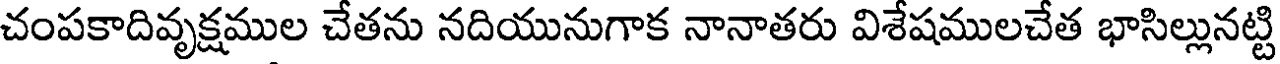
చంపకాదివృక్షముల చేతను నదియునుగాక నానాతరు విశేషములచేత భాసిల్లునట్టి